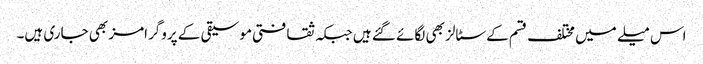
اس میلے میں مختلف قسم کے سٹالز بھی لگائے گئے ہیں جبکہ ثقافتی موسیقی کے پروگرامز بھی جاری ہیں۔